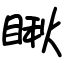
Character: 瞅